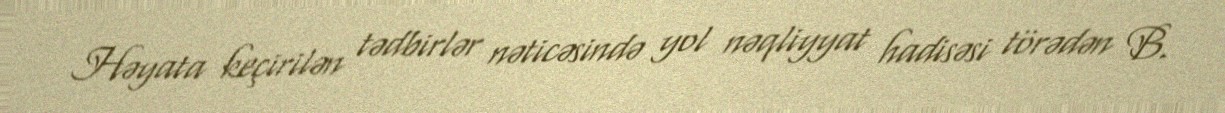
Həyata keçirilən tədbirlər nəticəsində yol nəqliyyat hadisəsi törədən B.